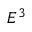
E ^ { 3 }